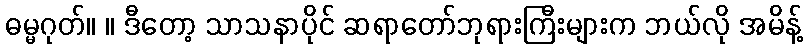
ဓမ္မဂုတ်။ ။ ဒီတော့ သာသနာပိုင် ဆရာတော်ဘုရားကြီးများက ဘယ်လို အမိန့်